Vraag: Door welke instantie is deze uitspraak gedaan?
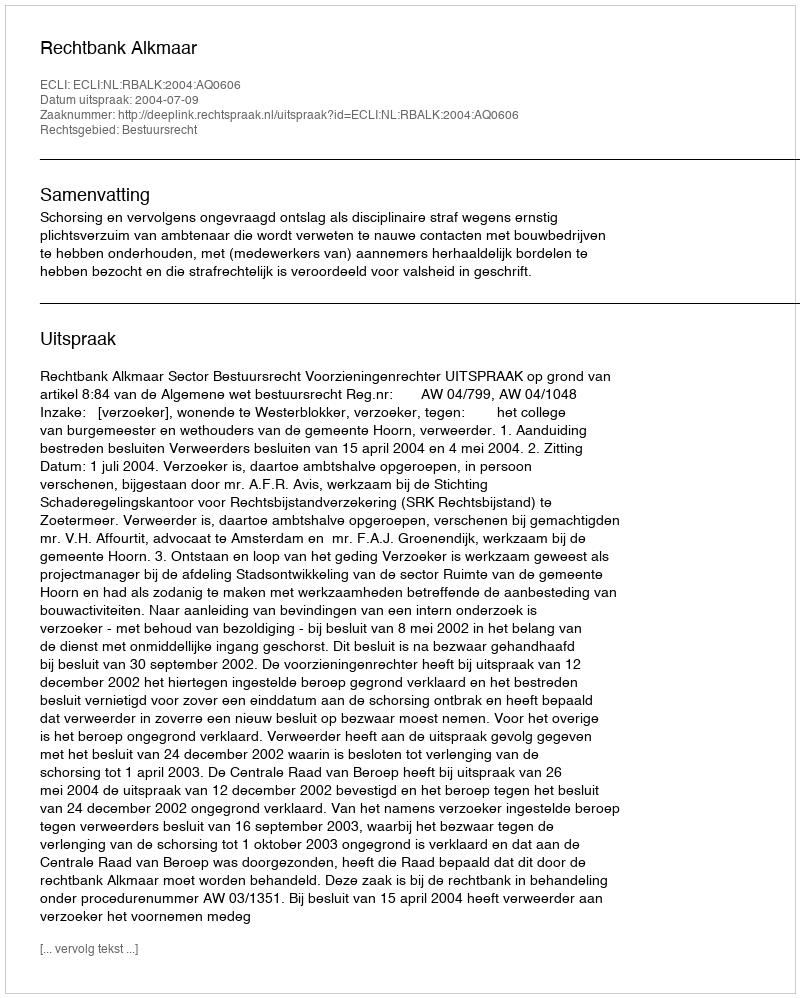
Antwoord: Rechtbank Alkmaar